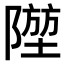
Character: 𨼁